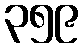
၃၅၉